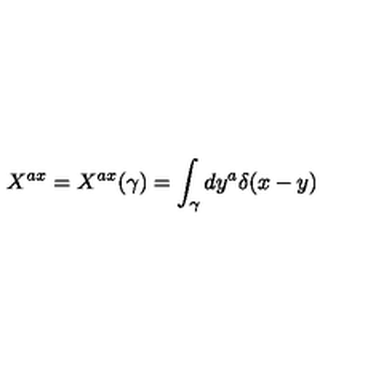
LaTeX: X ^ { a x } = X ^ { a x } ( \gamma ) = \int _ { \gamma } d y ^ { a } \delta ( x - y )